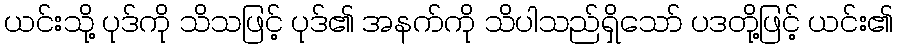
ယင်းသို့ ပုဒ်ကို သိသဖြင့် ပုဒ်၏ အနက်ကို သိပါသည်ရှိသော် ပဒတို့ဖြင့် ယင်း၏